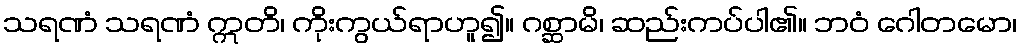
သရဏံ သရဏံ ဣတိ၊ ကိုးကွယ်ရာဟူ၍။ ဂစ္ဆာမိ၊ ဆည်းကပ်ပါ၏။ ဘဝံ ဂေါတမော၊